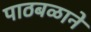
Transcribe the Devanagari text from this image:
पाठबळाने